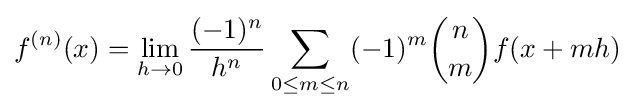
f^{(n)}(x)=\lim _{h\to 0}{\frac {(-1)^{n}}{h^{n}}}\sum _{0\leq m\leq n}(-1)^{m}{n \choose m}f(x+mh)